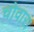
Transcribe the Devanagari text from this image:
चोवारा